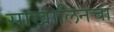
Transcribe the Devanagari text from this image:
साखालिनचा